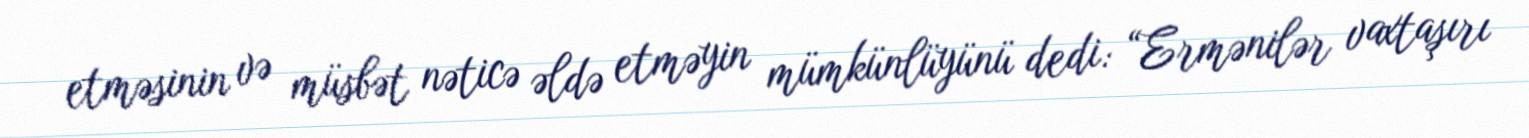
etməsinin və müsbət nəticə əldə etməyin mümkünlüyünü dedi: “Ermənilər vaxtaşırı